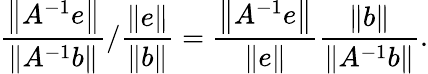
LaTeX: {\frac{\left\| A^{-1}e\right\| }{\left\| A^{-1}b\right\| }}/{\frac{\| e\| }{\| b\| }}={\frac{\left\| A^{-1}e\right\| }{\| e\| }}{\frac{\| b\| }{\left\| A^{-1}b\right\| }}.